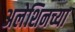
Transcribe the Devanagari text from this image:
अलेशिनच्या